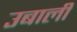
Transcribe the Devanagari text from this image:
उबालीं